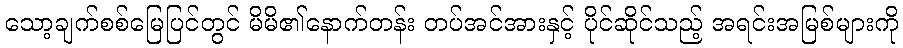
သော့ချက်စစ်မြေပြင်တွင် မိမိ၏နောက်တန်း တပ်အင်အားနှင့် ပိုင်ဆိုင်သည့် အရင်းအမြစ်များကို